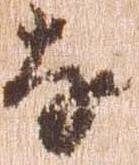
な